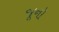
જૂનો